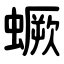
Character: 蟩